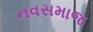
નવસમાજ